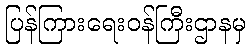
ပြန်ကြားရေးဝန်ကြီးဌာနမှ